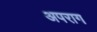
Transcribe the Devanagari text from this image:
अपराग